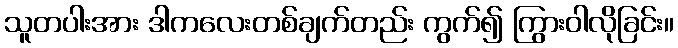
သူတပါးအား ဒါကလေးတစ်ချက်တည်း ကွက်၍ ကြွားဝါလိုခြင်း။